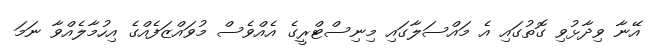
އޭނާ ވިދާޅުވި ގޮތުގައި އެ މައްސަލާގައި މިނިސްޓްރީގެ އެއްވެސް މުވައްޒަފެއްގެ އިހުމާލެއްވާ ނަމަ